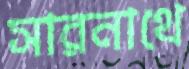
সারনাথে